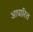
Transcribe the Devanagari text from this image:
आघारित